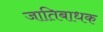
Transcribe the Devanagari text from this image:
जातिबाधक